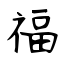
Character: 福